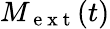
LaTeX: M_{\mathrm{~e~x~t~}}(t)